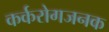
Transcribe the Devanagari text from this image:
कर्करोगजनक